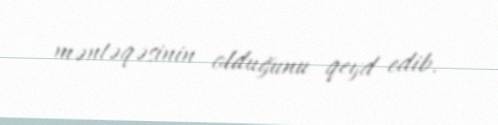
məntəqəsinin olduğunu qeyd edib.